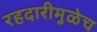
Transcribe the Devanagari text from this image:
रहदारीमुळेच